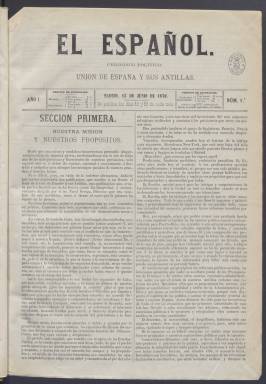
Título: El Español (Madrid. 1870)
Colección: Periódicos
Ámbito geográfico: Madrid
Lugar de publicación: Madrid
Fechas: 13/06/1870-27/07/1871